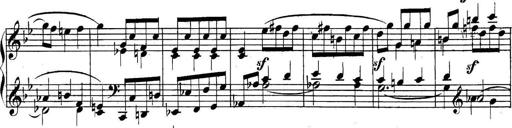
Title: Collected Piano Sonatas
Composer: Muzio Clementi